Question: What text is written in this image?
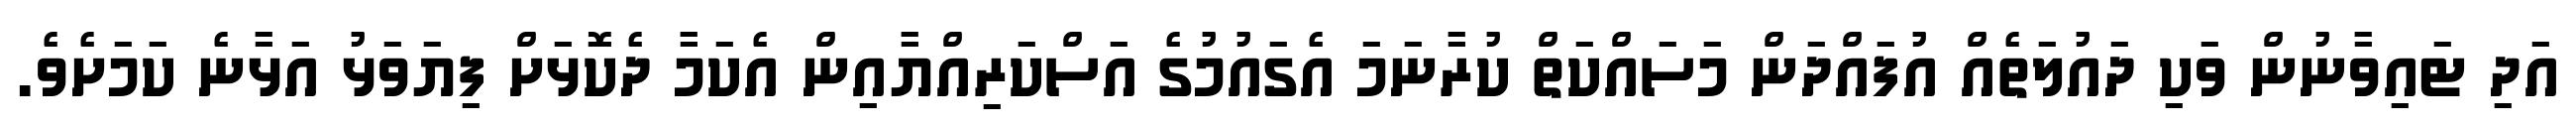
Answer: އަދި ޓައިވާނުން ވަކި ދައުލަތެއް އުފައްދަން މަސައްކަތް ކުރާނަމަ އެގައުމުގެ އަސްކަރިއްޔާއިން އެކަމާ ދެކޮޅަށް ފިޔަވަޅު އަޅާނެ ކަމަށެވެ.